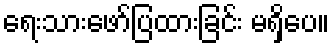
ရေးသားဖော်ပြထားခြင်း မရှိပေ။